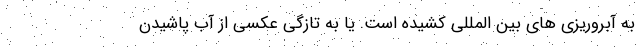
به آبروریزی های بین المللی کشیده است. یا به تازگی عکسی از آب پاشیدن